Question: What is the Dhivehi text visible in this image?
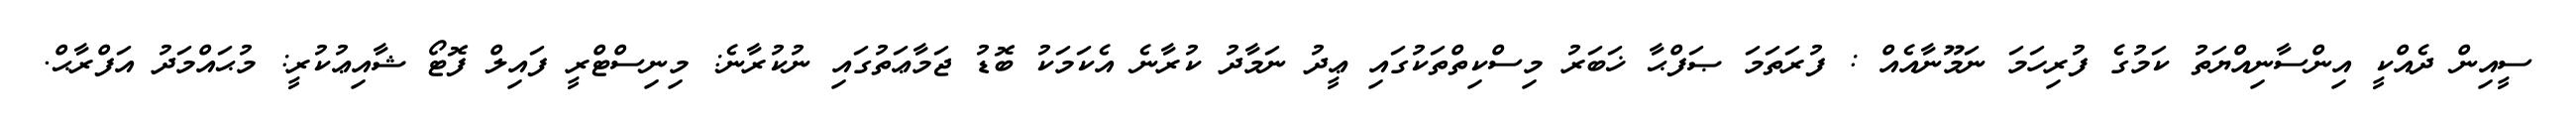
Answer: ސީއިން ދެއްކީ އިންސާނިއްޔަތު ކަމުގެ ފުރިހަމަ ނަމޫނާއެއް : ފުރަތަމަ ޞަފްޙާ ޚަބަރު މިސްކިތްތަކުގައި ޢީދު ނަމާދު ކުރާނެ އެކަމަކު ބޮޑު ޖަމާޢަތުގައި ނުކުރާނެ: މިނިސްޓްރީ ފައިލް ފޮޓޯ ޝާއިޢުކުރީ: މުޙައްމަދު އަފްރާޙް.